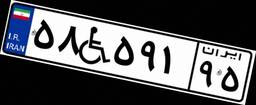
۵۸W۵۹۱۹۵